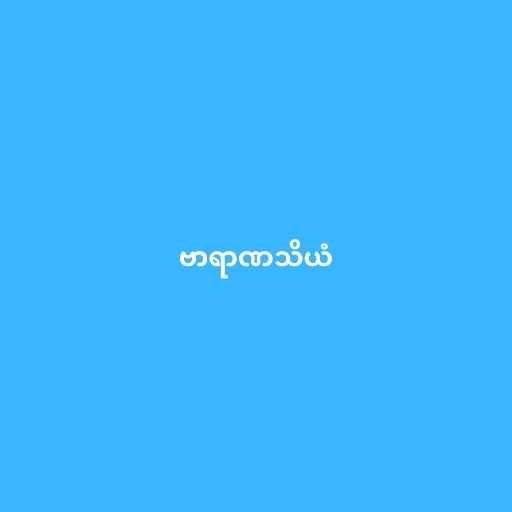
ဗာရာဏသိယံ